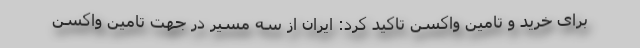
برای خرید و تامین واکسن تاکید کرد: ایران از سه مسیر در جهت تامین واکسن